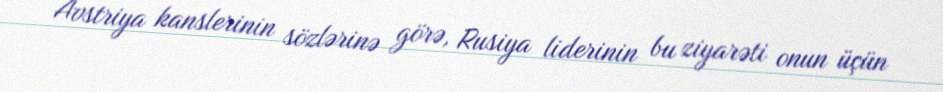
Avstriya kanslerinin sözlərinə görə, Rusiya liderinin bu ziyarəti onun üçün